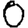
Digit: 0